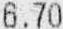
6.70